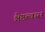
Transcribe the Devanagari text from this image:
श्रेष्ठत्वास